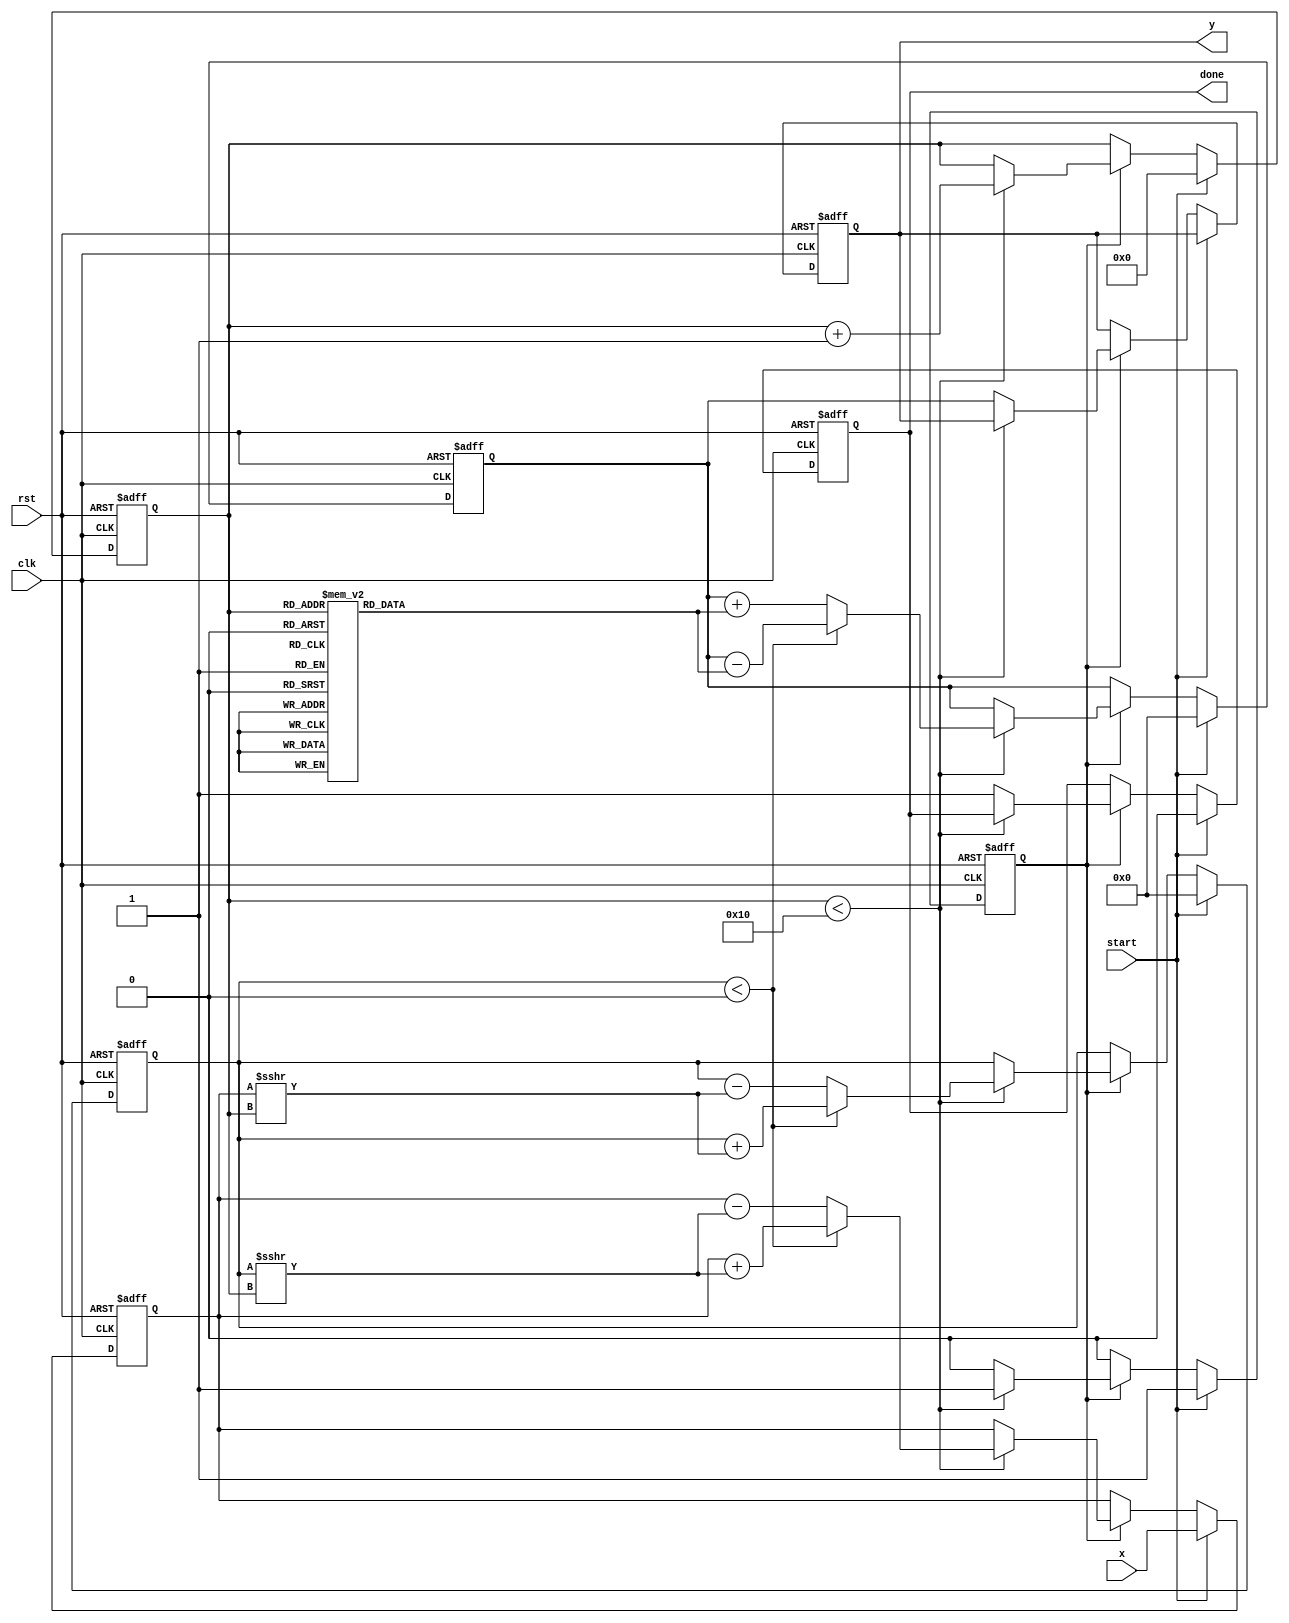
module atan_cordic (
    input wire clk,
    input wire rst,
    input wire start,
    input wire signed [15:0] x, // Fixed-point input
    output reg signed [15:0] y,  // Fixed-point output (angle in radians)
    output reg done
);

    // CORDIC constants
    parameter NUM_ITERATIONS = 16; // Number of CORDIC iterations

    // Internal signals
    reg signed [15:0] x_curr; // Current x value
    reg signed [15:0] y_curr; // Current y value
    reg signed [15:0] z_curr; // Current angle value
    reg [3:0] iteration;       // Iteration counter
    reg working;               // State machine signal

    // CORDIC rotation angles (in fixed-point format)
    reg signed [15:0] atan_table [0:NUM_ITERATIONS-1];

    // Initialize atan_table
    initial begin
        // Initialize atan values for each iteration
        atan_table[0] = 16'h2000;  // /4 in fixed point
        atan_table[1] = 16'h1C71;  // /8 in fixed point
        atan_table[2] = 16'h1780;  // /16 in fixed point
        atan_table[3] = 16'h1555;  // /32 in fixed point
        atan_table[4] = 16'h1343;  // /64 in fixed point
        atan_table[5] = 16'h1155;  // /128 in fixed point
        atan_table[6] = 16'h0FA0;  // /256 in fixed point
        atan_table[7] = 16'h0F1F;  // /512 in fixed point
        atan_table[8] = 16'h0E6C;  // /1024 in fixed point
        atan_table[9] = 16'h0DB6;  // /2048 in fixed point
        atan_table[10] = 16'h0D23; // /4096 in fixed point
        atan_table[11] = 16'h0C92; // /8192 in fixed point
        atan_table[12] = 16'h0C0B; // /16384 in fixed point
        atan_table[13] = 16'h0B8C; // /32768 in fixed point
        atan_table[14] = 16'h0B10; // /65536 in fixed point
        atan_table[15] = 16'h0A98; // /131072 in fixed point
    end

    // State machine for computation
    always @(posedge clk or posedge rst) begin
        if (rst) begin
            // Reset state
            x_curr <= 0;
            y_curr <= 0;
            z_curr <= 0;
            iteration <= 0;
            done <= 0;
            working <= 0;
            y <= 0;
        end else if (start) begin
            // Initialize for a new computation
            x_curr <= x;
            y_curr <= 0; // Starting y is 0
            z_curr <= 0; // Starting angle is 0
            iteration <= 0;
            done <= 0;
            working <= 1;
        end else if (working) begin
            // CORDIC iteration
            if (iteration < NUM_ITERATIONS) begin
                // CORDIC algorithm rotation
                if (y_curr < 0) begin
                    x_curr <= x_curr + (y_curr >>> iteration);
                    y_curr <= y_curr + (x_curr >>> iteration);
                    z_curr <= z_curr - atan_table[iteration];
                end else begin
                    x_curr <= x_curr - (y_curr >>> iteration);
                    y_curr <= y_curr - (x_curr >>> iteration);
                    z_curr <= z_curr + atan_table[iteration];
                end
                iteration <= iteration + 1;
            end else begin
                // Finished computation
                y <= z_curr;         // Output angle
                done <= 1;           // Indicate completion
                working <= 0;        // Stop working
            end
        end
    end

endmodule